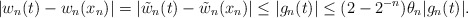
\begin{align*}|w_n (t) - w_n (x_n)| = |\tilde{w}_n (t) - \tilde{w}_n (x_n)| \leq |g_n (t)| \leq ( 2- 2^{-n})\theta_n |g_n (t)|.\end{align*}